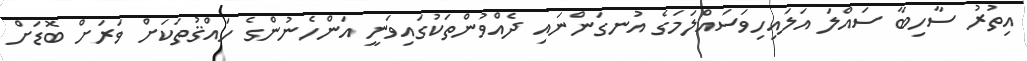
އިތުރު ސާހިބާ ސައްލަ އަލައިހިވަސައްލަމަގެ އުނގަންނައި ދެއްވުންތަކުގައިވަނީ އަންހެނުންގެ ހައްޤުތަކަށް ވަރަށް ބޮޑަށް